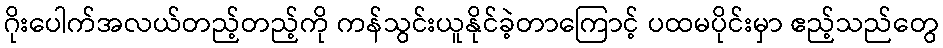
ဂိုးပေါက်အလယ်တည့်တည့်ကို ကန်သွင်းယူနိုင်ခဲ့တာကြောင့် ပထမပိုင်းမှာ ဧည့်သည်တွေ